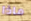
ماذا